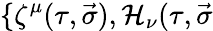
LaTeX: \{ \zeta^{\mu}(\tau,\vec{\sigma}),{\cal H}_{\nu}(\tau,\vec{\sigma}